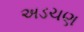
અડચણ